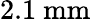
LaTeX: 2.1~\mathrm{mm}